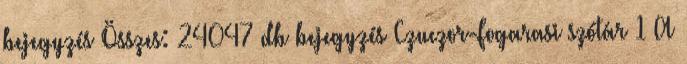
bejegyzés Összes: 24047 db bejegyzés Czuczor-Fogarasi szótár 1 A